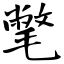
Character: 氅